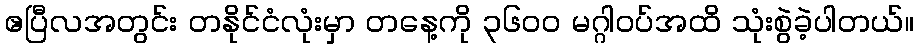
ဧပြီလအတွင်း တနိုင်ငံလုံးမှာ တနေ့ကို ၃၆၀၀ မဂ္ဂါဝပ်အထိ သုံးစွဲခဲ့ပါတယ်။